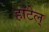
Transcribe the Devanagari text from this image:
हॉटेल्